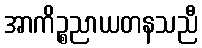
အာကိဉ္စညာယတနသညီ